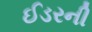
ઈડરની